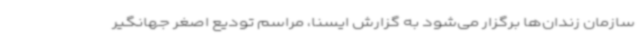
سازمان زندان‌ها برگزار می‌شود به گزارش ایسنا، مراسم تودیع اصغر جهانگیر